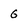
Character: G